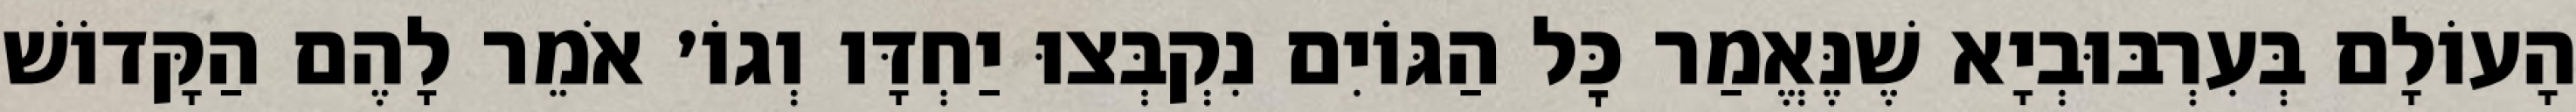
הָעוֹלָם בְּעִרְבּוּבְיָא שֶׁנֶּאֱמַר כׇּל הַגּוֹיִם נִקְבְּצוּ יַחְדָּו וְגוֹ׳ אֹמֵר לָהֶם הַקָּדוֹשׁ